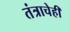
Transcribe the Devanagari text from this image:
तंत्राचेही